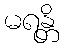
မရန္တိ